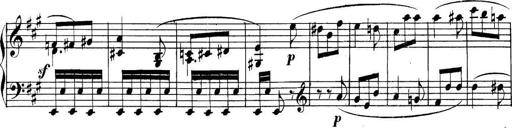
Title: Collected Piano Sonatas
Composer: Muzio Clementi